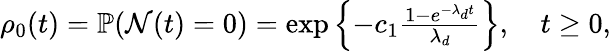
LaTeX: \begin{array}{r}{\rho_{0}(t)=\mathbb{P}(\mathcal{N}(t)=0)=\exp\left\{ -c_{1}\frac{1-e^{-\lambda_{d}t}}{\lambda_{d}}\right\} ,\quad t\geq 0,}\end{array}